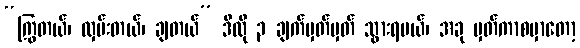
“ကြွတယ်၊ လှမ်းတယ်၊ ချတယ်” ဒီလို ၃ ချက်မှတ်မှတ် သွားရမယ်၊ အခု မှတ်ကာစမှာတော့